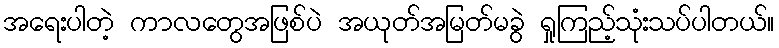
အရေးပါတဲ့ ကာလတွေအဖြစ်ပဲ အယုတ်အမြတ်မခွဲ ရှုကြည့်သုံးသပ်ပါတယ်။